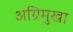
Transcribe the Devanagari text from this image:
अग्निमुखा